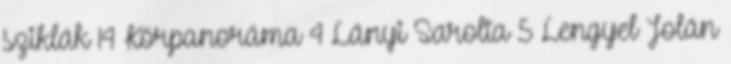
sziklák 14 Körpanoráma 4 Lányi Sarolta 5 Lengyel Jolán